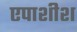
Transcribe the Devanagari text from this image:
एपाशीश